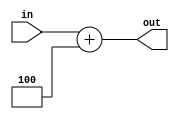
// Universidade Federal Rural de Pernambuco
// Curso: Licenciatura em Computao
// Disciplina: Arquitetura de Computadores
// Professor: Victor Coutinho
// Alunos: Csar Henrique, Kleyton Clementino, Huan Christopher
// Atividade Prtica 2 VA

module somador4(input [31:0]in, output reg [31:0]out);
    always@(*) begin
        out=in+4;
    end
    initial out=0;
endmodule